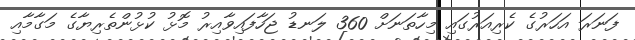
ފަނަރަ އަހަރުގެ ކެރިއަރުގައި މިހާތަނަށް 360 ލަނޑު ޖަހާފައިވާއިރު މޮޅު ކުޅުންތެރިޔާގެ މަގާމާއި